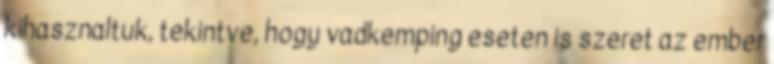
kihasznaltuk, tekintve, hogy vadkemping eseten is szeret az ember